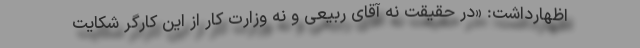
اظهارداشت: «در حقیقت نه آقای ربیعی و نه وزارت کار از این کارگر شکایت